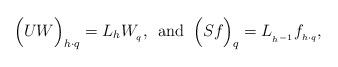
LaTeX: \begin{align*}\Big( U W \Big)_{h\cdot q} = L_h W_{{}_q}, \,\,\, \textrm{and} \,\,\,\Big( S f \Big)_{q} = L_{{}_{h^{-1}}} f_{{}_{h\cdot q}},\end{align*}